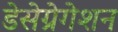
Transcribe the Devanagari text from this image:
डेसेग्रेगेशन